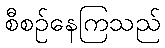
စီစဉ်နေကြသည်